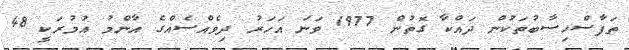
ތަފާސްހިސާބުތަކުން ދައްކާ ގޮތުން 1977 ވަނަ އަހަރު ދިވެއްސެއްގެ އާންމު އުމުރަކީ 48